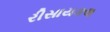
રીસાયકલ